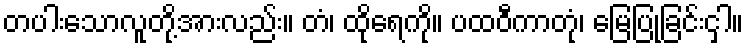
တပါးသောလူတို့အားလည်း။ တံ၊ ထိုရေကို။ ပထဝီကာတုံ၊ မြေပြုခြင်းငှါ။